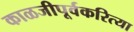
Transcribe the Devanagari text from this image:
काळजीपूर्वकरित्या